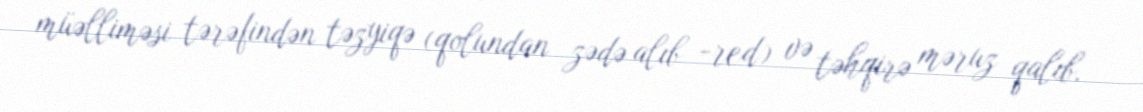
müəlliməsi tərəfindən təzyiqə (qolundan zədə alıb -red) və təhqirə məruz qalıb.